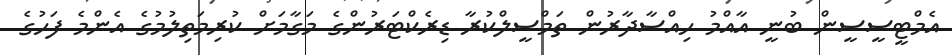
އެމްޓީސީސީން ބުނީ އާއްމު ހިއްސާދާރުން ތަމްސީލްކުރާ ޑިރެކްޓަރުންގެ މަގާމަށް ކުރިމަތިލުމުގެ އެންމެ ފަހުގެ